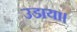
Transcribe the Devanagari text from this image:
उडाया।